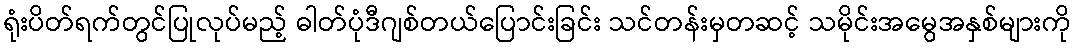
ရုံးပိတ်ရက်တွင်ပြုလုပ်မည့် ဓါတ်ပုံဒီဂျစ်တယ်ပြောင်းခြင်း သင်တန်းမှတဆင့် သမိုင်းအမွေအနှစ်များကို